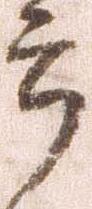
郎